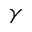
\gamma